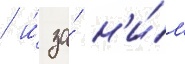
/ и́ за́ н'и́м